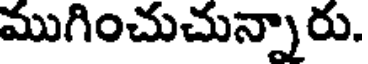
ముగించుచున్నారు.